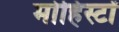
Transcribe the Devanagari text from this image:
मोहिस्टों